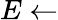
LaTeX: E\gets